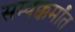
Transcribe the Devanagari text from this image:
सम्यक्कर्मांत